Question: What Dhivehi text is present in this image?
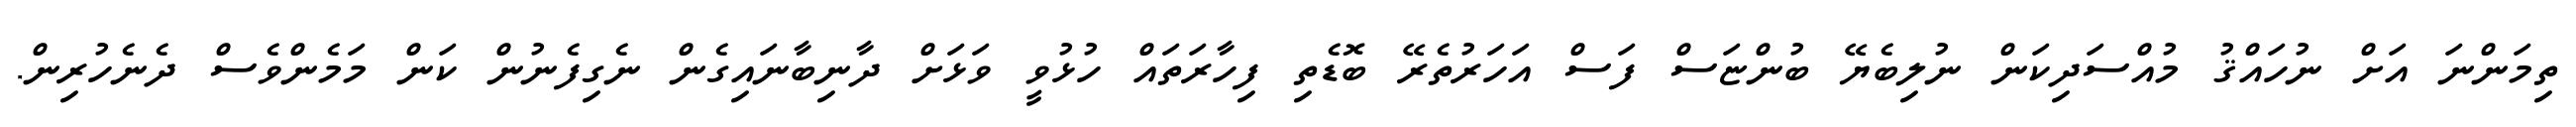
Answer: ތިމަންނަ އަށް ނުހައްޤު މުއްސަދިކަން ނުލިބެޔޭ ބުންޏަސް ފަސް އަހަރުތެރޭ ބޮޑެތި ފިހާރަތައް ހުޅުވީ ވަޅަށް ދާނިބާނައިގެން ނެގިފެނުން ކަން މަމެންވެސް ދެނެހުރިން.